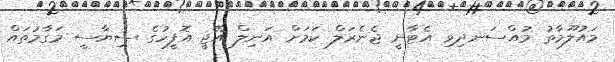
މައުލޫމާތު މުއްސަނދިވި އެޓާނީ ޖެނެރަލް ކަމަށް އަނިލް އޭޖީ އޮފީހުގެ ސިޔާސީ މަގާމުތައް